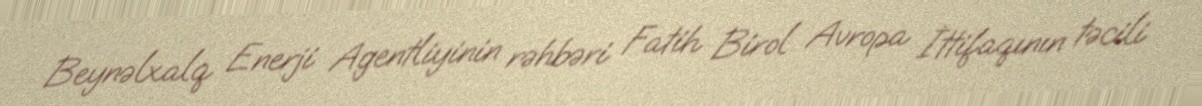
Beynəlxalq Enerji Agentliyinin rəhbəri Fatih Birol Avropa İttifaqının təcili